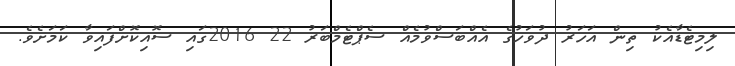
ލިމިޓެޑާއެކު ތިން އަހަރު ދުވަހުގެ އެއްބަސްވުމެއް ސެޕްޓެމްބަރު 22 2016ގައި ސޮއިކޮށްފައިވާ ކަމަށެވެ.